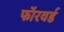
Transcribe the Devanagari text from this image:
फाॅरवर्ड